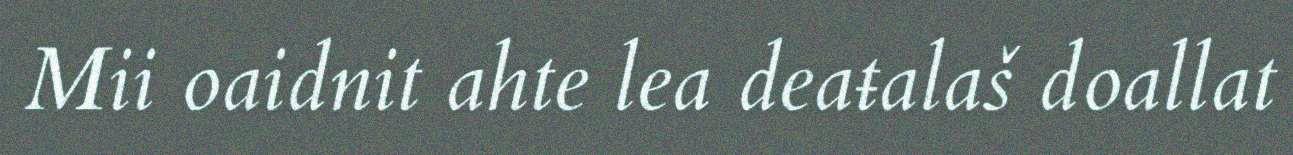
Mii oaidnit ahte lea deaŧalaš doallat